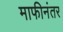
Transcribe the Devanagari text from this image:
माफीनंतर